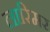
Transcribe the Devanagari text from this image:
लारिमर